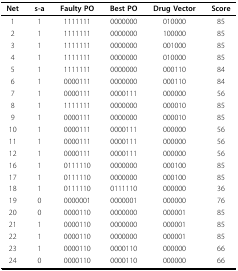
<table><thead><tr><td><b>Net</b></td><td><b>s-a</b></td><td><b>Faulty PO</b></td><td><b>Best PO</b></td><td><b>Drug Vector</b></td><td><b>Score</b></td></tr></thead><tbody><tr><td>1</td><td>1</td><td>1111111</td><td>0000000</td><td>010000</td><td>85</td></tr><tr><td>2</td><td>1</td><td>1111111</td><td>0000000</td><td>100000</td><td>85</td></tr><tr><td>3</td><td>1</td><td>1111111</td><td>0000000</td><td>001000</td><td>85</td></tr><tr><td>4</td><td>1</td><td>1111111</td><td>0000000</td><td>010000</td><td>85</td></tr><tr><td>5</td><td>1</td><td>1111111</td><td>0000000</td><td>000110</td><td>84</td></tr><tr><td>6</td><td>1</td><td>0000111</td><td>0000000</td><td>000110</td><td>84</td></tr><tr><td>7</td><td>1</td><td>0000111</td><td>0000111</td><td>000000</td><td>56</td></tr><tr><td>8</td><td>1</td><td>1111111</td><td>0000000</td><td>000010</td><td>85</td></tr><tr><td>9</td><td>1</td><td>0000111</td><td>0000000</td><td>000010</td><td>85</td></tr><tr><td>10</td><td>1</td><td>0000111</td><td>0000111</td><td>000000</td><td>56</td></tr><tr><td>11</td><td>1</td><td>0000111</td><td>0000111</td><td>000000</td><td>56</td></tr><tr><td>12</td><td>1</td><td>0000111</td><td>0000111</td><td>000000</td><td>56</td></tr><tr><td>16</td><td>1</td><td>0111110</td><td>0000000</td><td>000100</td><td>85</td></tr><tr><td>17</td><td>1</td><td>0111110</td><td>0000000</td><td>000100</td><td>85</td></tr><tr><td>18</td><td>1</td><td>0111110</td><td>0111110</td><td>000000</td><td>36</td></tr><tr><td>19</td><td>0</td><td>0000001</td><td>0000001</td><td>000000</td><td>76</td></tr><tr><td>20</td><td>0</td><td>0000110</td><td>0000000</td><td>000001</td><td>85</td></tr><tr><td>21</td><td>1</td><td>0000110</td><td>0000000</td><td>000001</td><td>85</td></tr><tr><td>22</td><td>1</td><td>0000110</td><td>0000000</td><td>000001</td><td>85</td></tr><tr><td>23</td><td>1</td><td>0000110</td><td>0000110</td><td>000000</td><td>66</td></tr><tr><td>24</td><td>0</td><td>0000110</td><td>0000110</td><td>000000</td><td>66</td></tr></tbody></table>